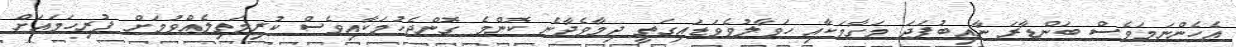
އެހެންނަމަވެސް ބަންޑާރަ ނާއިބުފަދަ މަގާމަކާއި ހަވާލުވެވަޑައިގަތީ ދިމާވެދާނެ ކޮންމެ ގޮންޖެހުމަކާއިވެސް ކުރިމަތިލެއްވުމަށް ފުރިހަމައަށް